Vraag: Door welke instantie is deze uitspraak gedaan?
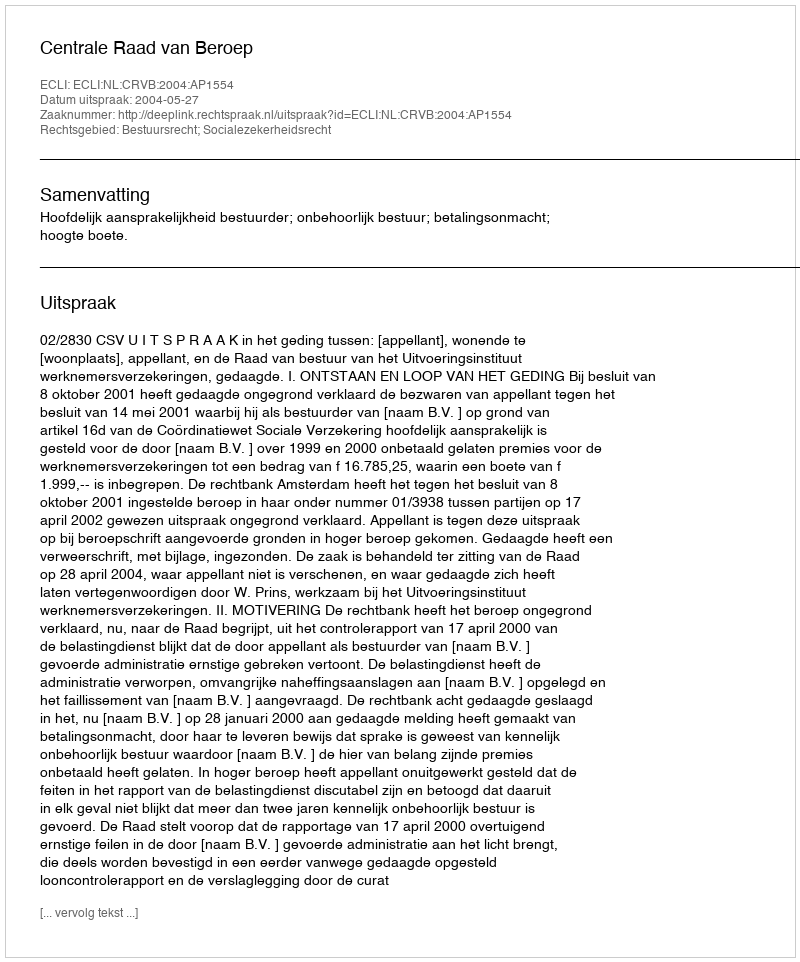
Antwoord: Centrale Raad van Beroep